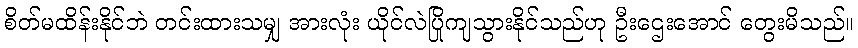
စိတ်မထိန်းနိုင်ဘဲ တင်းထားသမျှ အားလုံး ယိုင်လဲပြိုကျသွားနိုင်သည်ဟု ဦးဌေးအောင် တွေးမိသည်။